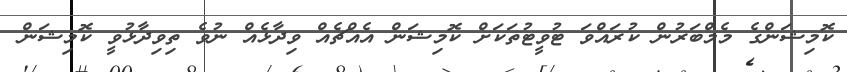
ކޮމިޝަންގެ މެމްބަރުން ކުރައްވަ ޓުވީޓުތަކަށް ކޮމިޝަން އެއްޗެއް ވިދާޅެއް ނުވެ ތިވިދާޅުވީ ކޮމިޝަން